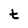
Character: t